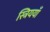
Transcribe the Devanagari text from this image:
स्त्रिययाँ